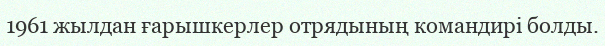
1961 жылдан ғарышкерлер отрядының командирі болды.